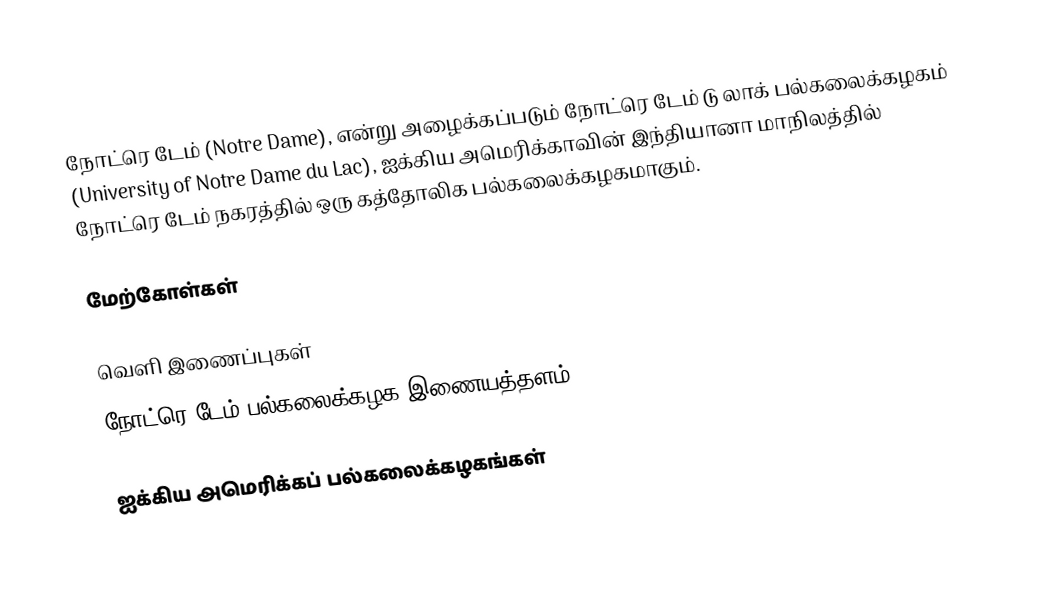
நோட்ரெ டேம் (Notre Dame), என்று அழைக்கப்படும் நோட்ரெ டேம் டு லாக் பல்கலைக்கழகம் (University of Notre Dame du Lac), ஐக்கிய அமெரிக்காவின் இந்தியானா மாநிலத்தில் நோட்ரெ டேம் நகரத்தில் ஒரு கத்தோலிக பல்கலைக்கழகமாகும்.

மேற்கோள்கள்

வெளி இணைப்புகள்
 நோட்ரெ டேம் பல்கலைக்கழக இணையத்தளம்

ஐக்கிய அமெரிக்கப் பல்கலைக்கழகங்கள்